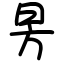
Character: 昘